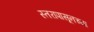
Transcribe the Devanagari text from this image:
स्तरापासूनच्या